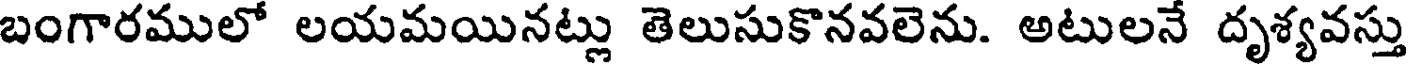
బంగారములో లయమయినట్లు తెలుసుకొనవలెను. అటులనే దృశ్యవస్తు